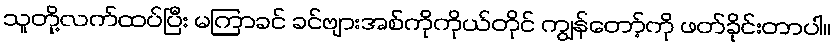
သူတို့လက်ထပ်ပြီး မကြာခင် ခင်ဗျားအစ်ကိုကိုယ်တိုင် ကျွန်တော့်ကို ဖတ်ခိုင်းတာပါ။